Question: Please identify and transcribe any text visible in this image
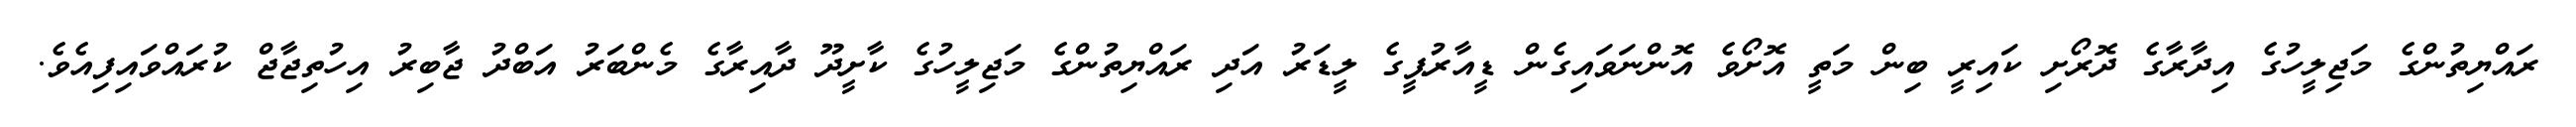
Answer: ރައްޔިތުންގެ މަޖިލީހުގެ އިދާރާގެ ދޮރޯށި ކައިރީ ބިން މަތީ އޮށޯވެ އޮންނަވައިގެން ޑީއާރުޕީގެ ލީޑަރު އަދި ރައްޔިތުންގެ މަޖިލީހުގެ ކާށީދޫ ދާއިރާގެ މެންބަރު އަބްދު ޖާބިރު އިހުތިޖާޖް ކުރައްވައިފިއެވެ.